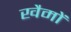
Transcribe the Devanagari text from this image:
खैमों